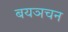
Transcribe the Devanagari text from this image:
बयञचन